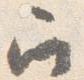
召